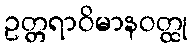
ဥတ္တရာဝိမာနဝတ္ထု